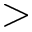
>